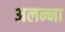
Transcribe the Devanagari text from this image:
अलन्ना